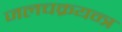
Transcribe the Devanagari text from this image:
जलचक्रयन्त्र